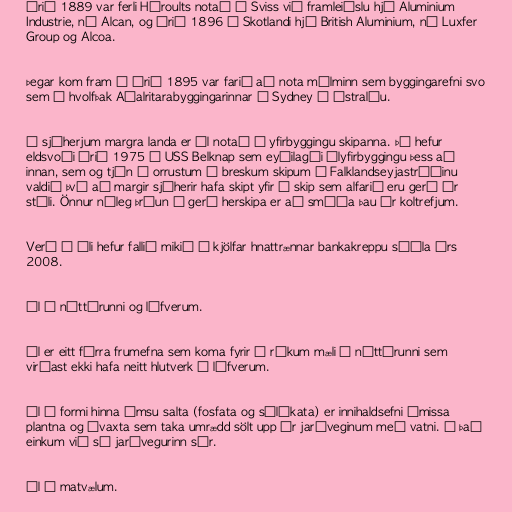
Árið 1889 var ferli Héroults notað í Sviss við framleiðslu hjá Aluminium
Industrie, nú Alcan, og árið 1896 í Skotlandi hjá British Aluminium, nú Luxfer
Group og Alcoa.

Þegar kom fram á árið 1895 var farið að nota málminn sem byggingarefni svo
sem í hvolfþak Aðalritarabyggingarinnar í Sydney í Ástralíu.

Í sjóherjum margra landa er ál notað í yfirbyggingu skipanna. Þó hefur
eldsvoði árið 1975 í USS Belknap sem eyðilagði ályfirbyggingu þess að
innan, sem og tjón í orrustum á breskum skipum í Falklandseyjastríðinu
valdið því að margir sjóherir hafa skipt yfir í skip sem alfarið eru gerð úr
stáli. Önnur nýleg þróun í gerð herskipa er að smíða þau úr koltrefjum.

Verð á áli hefur fallið mikið í kjölfar hnattrænnar bankakreppu síðla árs
2008.

Ál í náttúrunni og lífverum.

Ál er eitt fárra frumefna sem koma fyrir í ríkum mæli í náttúrunni sem
virðast ekki hafa neitt hlutverk í lífverum.

Ál á formi hinna ýmsu salta (fosfata og sílíkata) er innihaldsefni ýmissa
plantna og ávaxta sem taka umrædd sölt upp úr jarðveginum með vatni. Á það
einkum við sé jarðvegurinn súr.

Ál í matvælum.